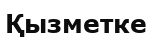
Қызметке